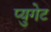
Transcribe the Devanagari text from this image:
प्युगेट